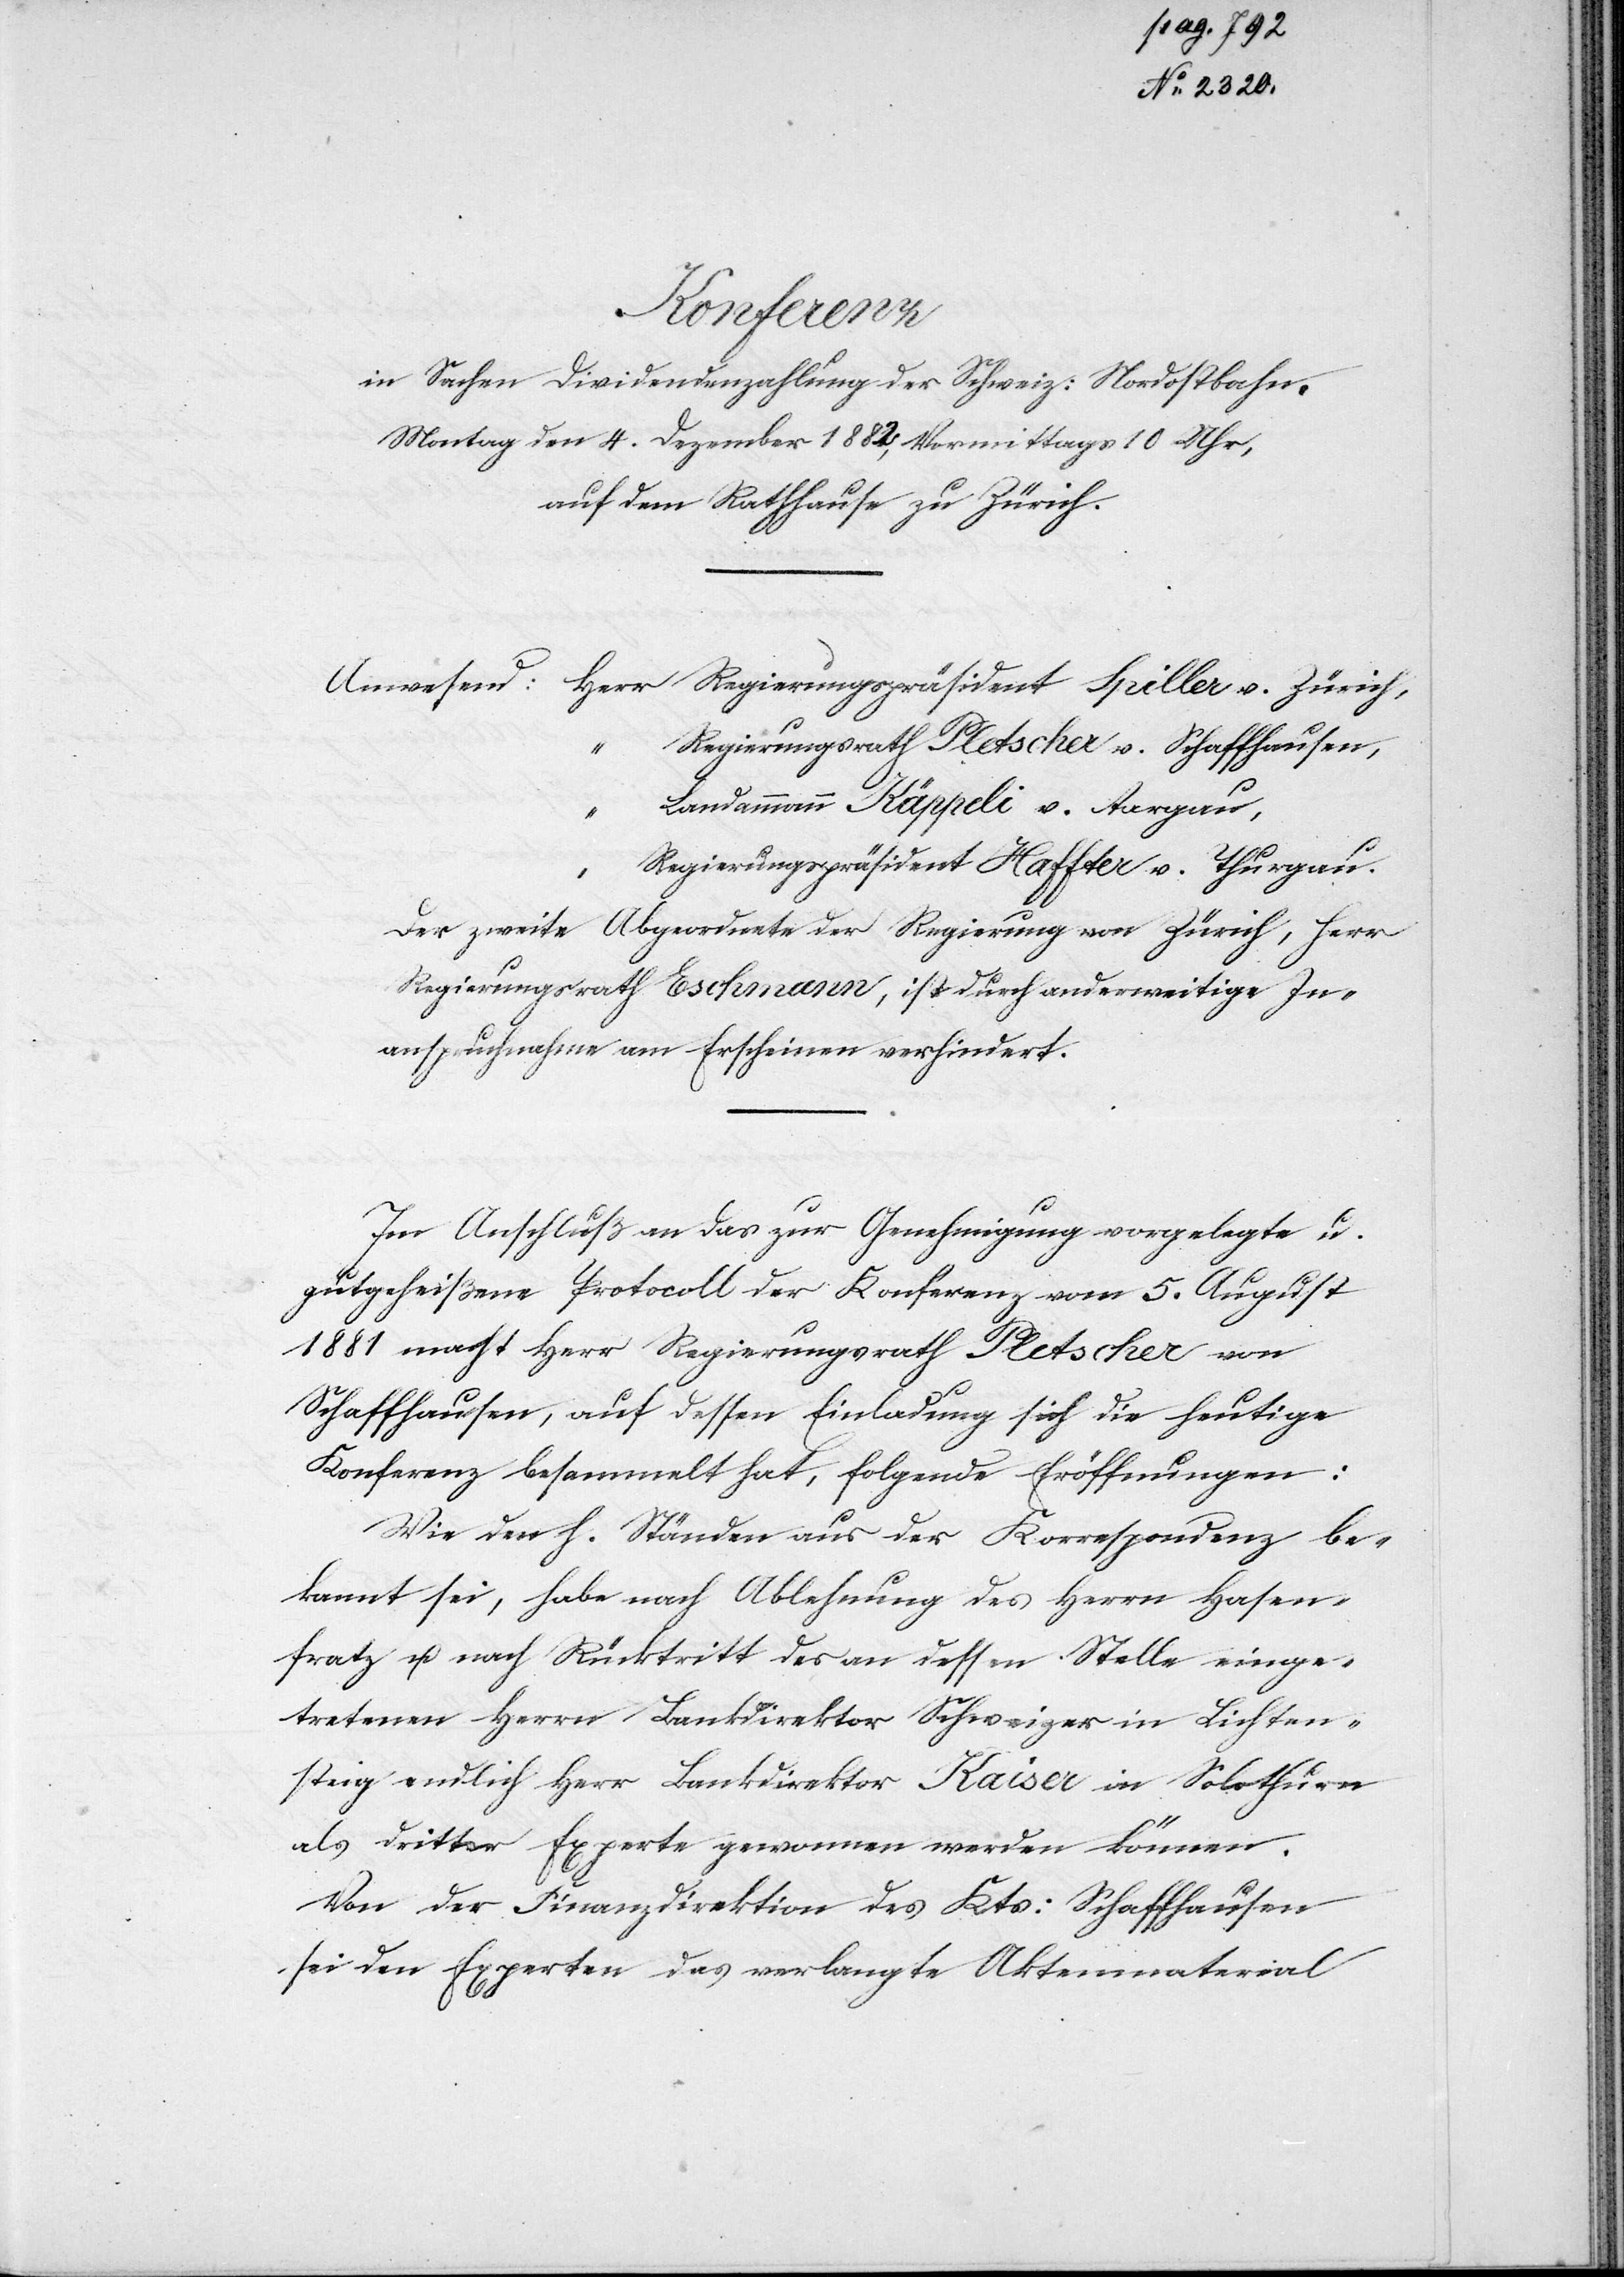
Konferenz
4.
Einladung der Finanzdirektion des Kts. Schaffhausen